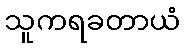
သူကရခတာယံ